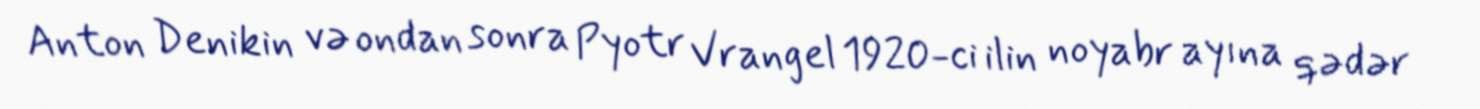
Anton Denikin və ondan sonra Pyotr Vrangel 1920-ci ilin noyabr ayına qədər